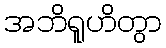
အဘိရူဟိတွာ